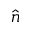
\hat { n }